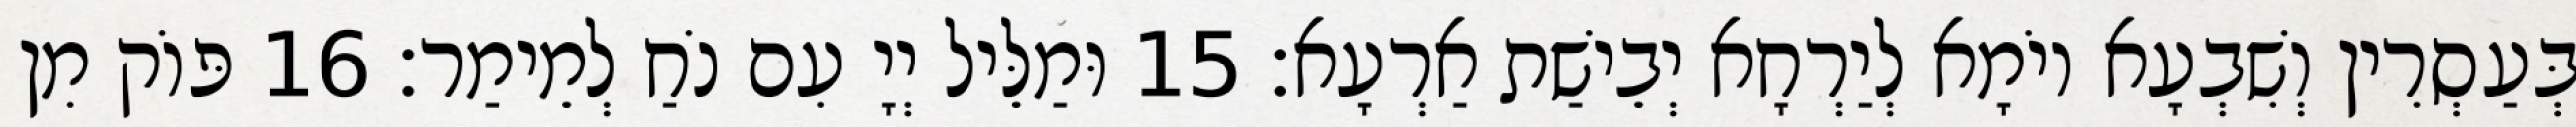
בְּעַסְרִין וְשִׁבְעָא יוֹמָא לְיַרְחָא יְבֵישַׁת אַרְעָא׃ 15 וּמַלֵּיל יְיָ עִם נֹחַ לְמֵימַר׃ 16 פּוֹק מִן